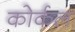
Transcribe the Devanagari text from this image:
कोर्कल